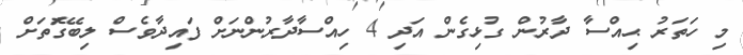
މި ހަތަރު ޙިއްސާ ދާރުން ގުޅިގެން އަދި 4 ހިއްސާދާރުންނަށް ފައިދާވެސް ލިބޭގޮަތަށް